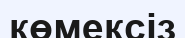
көмексіз